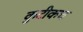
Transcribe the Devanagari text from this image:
कुटीकच